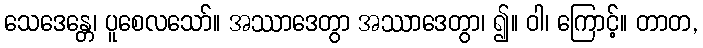
သေဒေန္တေ၊ ပူစေလသော်။ အဿာဒေတွာ အဿာဒေတွာ၊ ၍။ ဝါ၊ ကြောင့်။ တာတ,